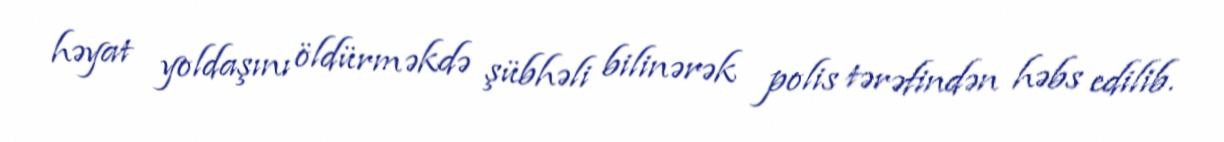
həyat yoldaşını öldürməkdə şübhəli bilinərək polis tərəfindən həbs edilib.